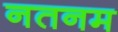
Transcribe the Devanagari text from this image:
नतनम